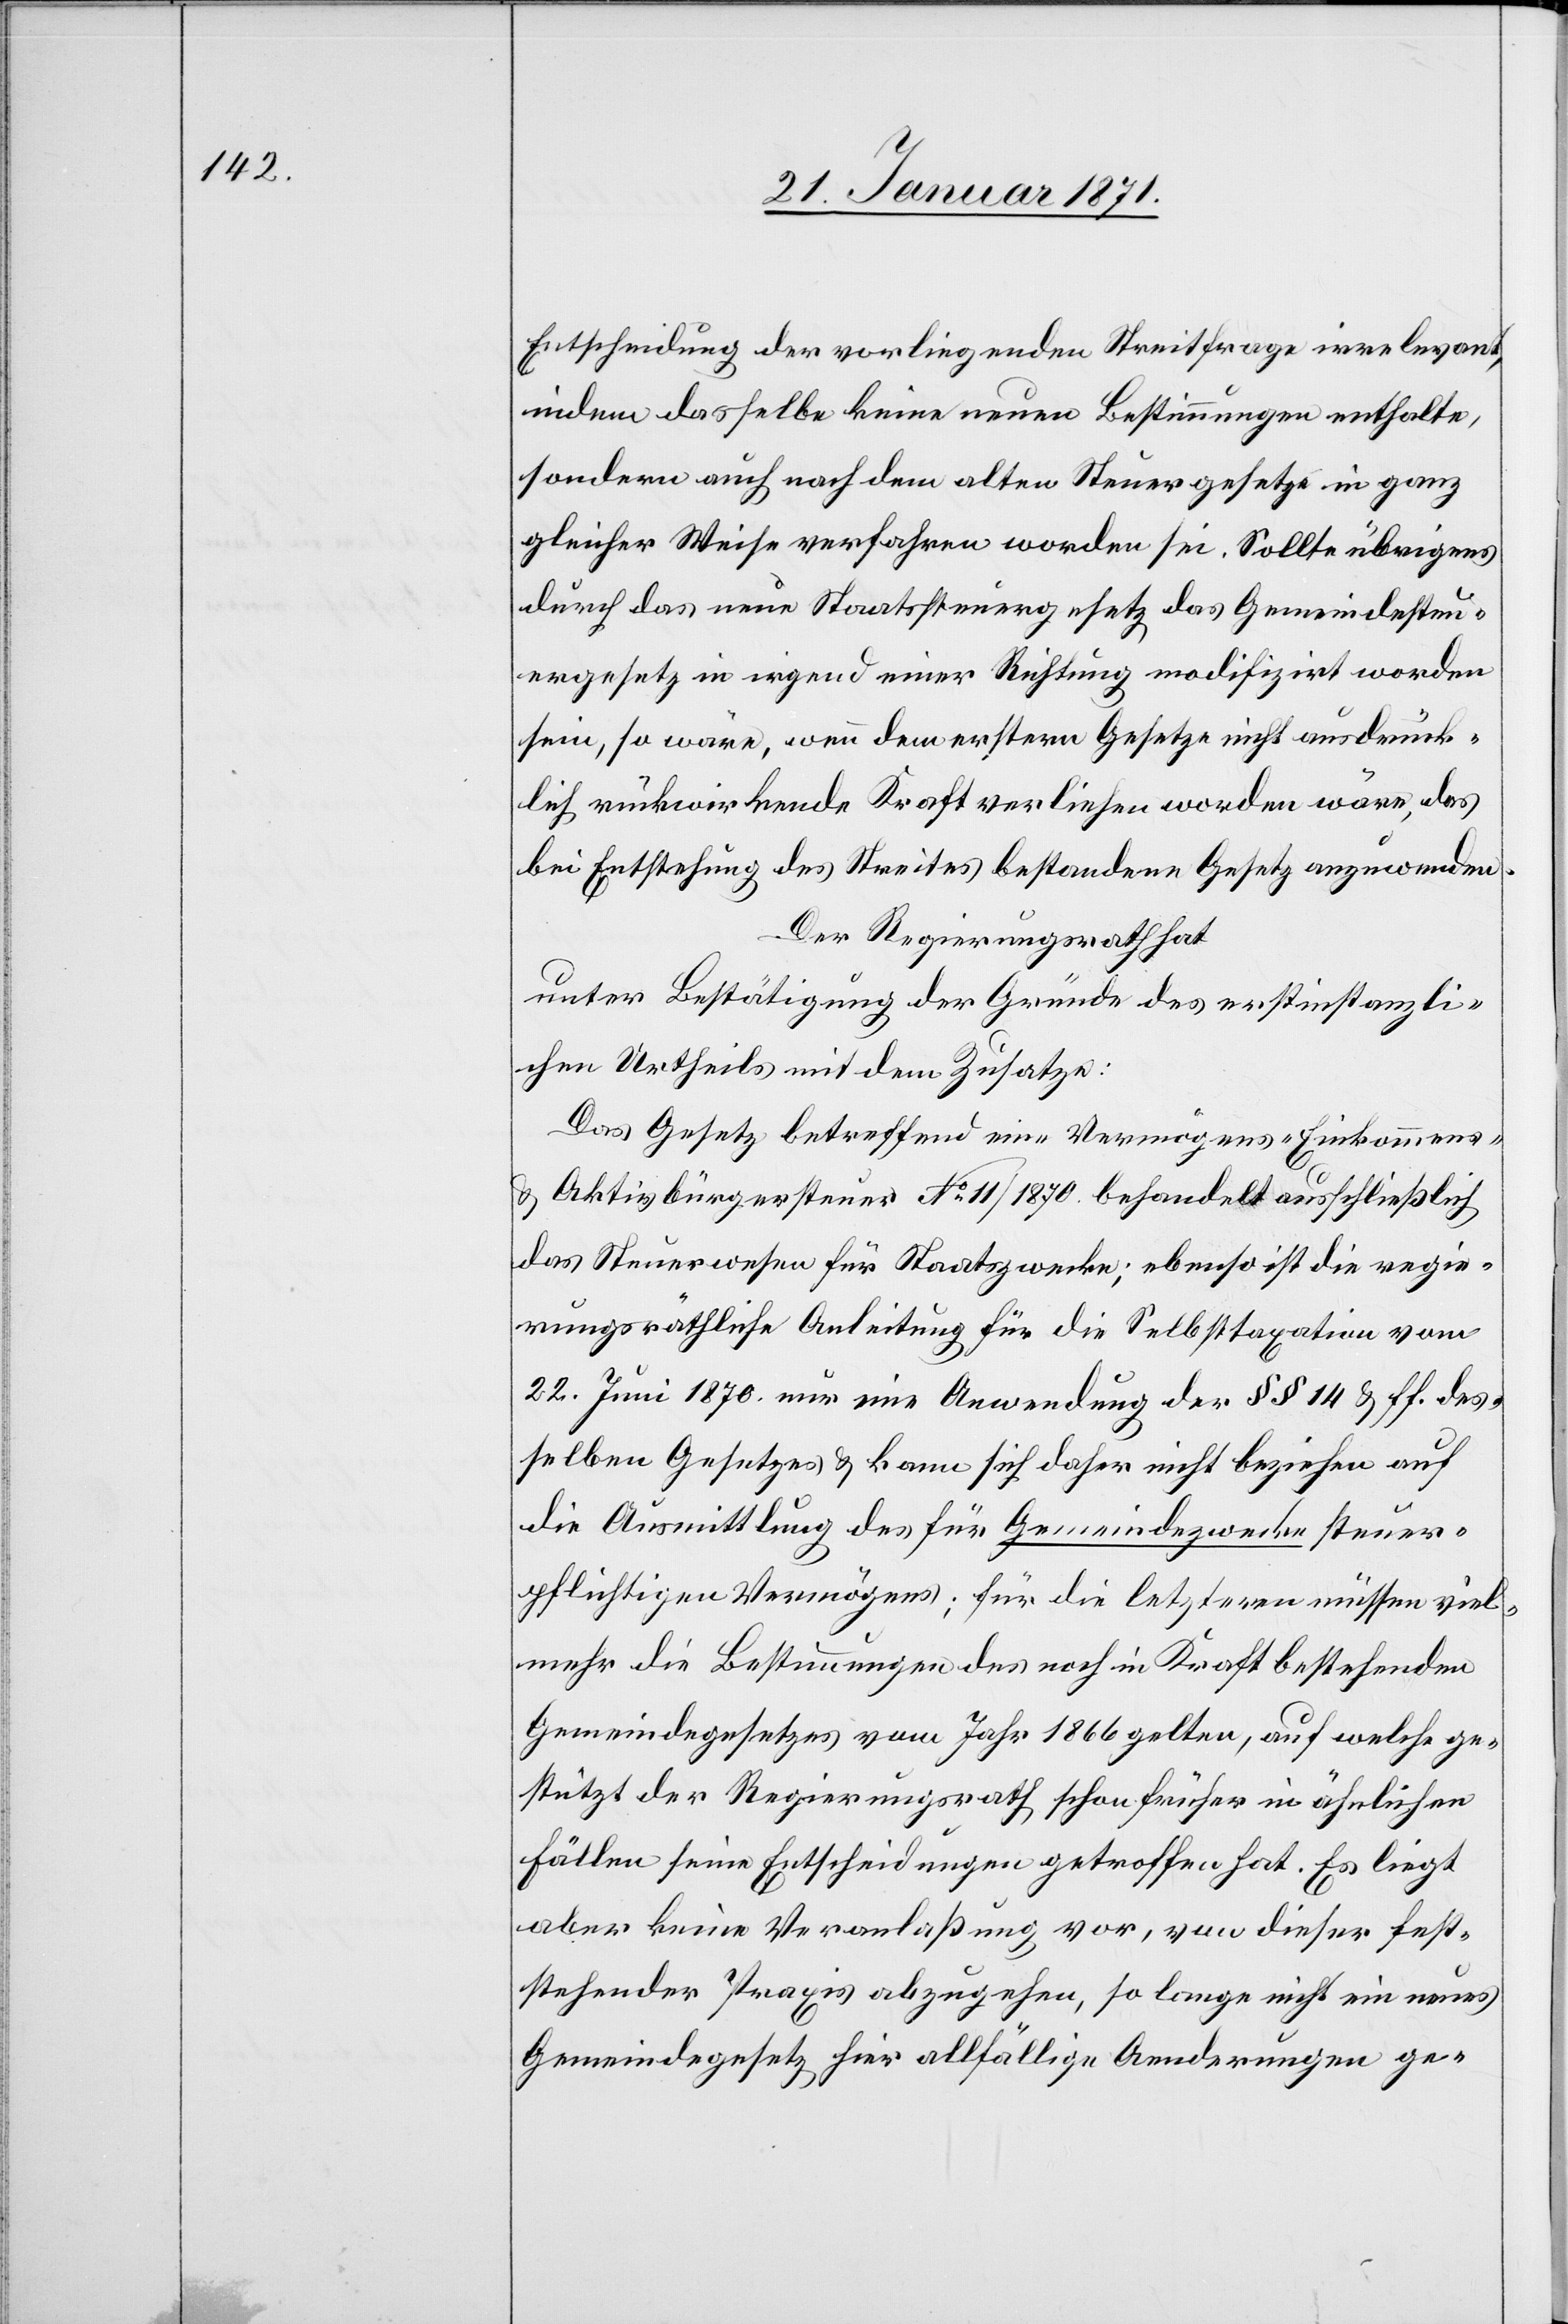
Entscheidung der vorliegenden Streitfrage irrelevant,
indem dasselbe keine neuen Bestimmungen enthalte,
sondern auch nach dem alten Steuergesetze in ganz
gleicher Weise verfahren worden sei. Sollte übrigens
durch das neue Staatssteuergesetz das Gemeindesteu¬
ergesetz in irgend einer Richtung modifizirt worden
sein, so wäre, wenn dem ersten Gesetze nicht ausdrück¬
lich rückwirkende Kraft verliehen worden wäre, das
bei Entstehung des Streites bestandene Gesetz anzuwenden.
Der Regierungsrath hat
unter Bestätigung der Gründe des erstinstanzli¬
chen Urtheils mit dem Zusatze:
Das Gesetz betreffend eine Vermögens- Einkommens-
u. Aktivbürgersteuer No. 11 / 1870 behandelt ausschließlich
das Steuerwesen für Staatszwecke; ebenso ist die regie¬
rungsräthliche Anleitung für die Selbsttaxation vom
22. Juni 1870 nur eine Anwendung der §§ 14 u. ff. des¬
selben Gesetzes u. kann sich daher nicht beziehen auf
die Ausmittlung des für Gemeindezwecke steuer¬
pflichtigen Vermögens; für die letzteren müssen viel¬
mehr die Bestimmungen des noch in Kraft bestehenden
Gemeindegesetztes vom Jahr 1866 gelten, auf welche ge¬
stützt der Regierungsrath schon früher in ähnlichen
Fällen seine Entscheidungen getroffen hat. Es liegt
aber keine Veranlaßung vor, von dieser fest¬
stehender Praxis abzugehen, so lange nicht ein neues
Gemeindegesetz für allfällige Aenderungen ge-